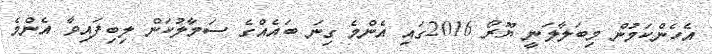
އެހެންކަމުން މިބަލާލަނީ ޔޫރޯ 2016ގައި އެންމެ ގިނަ ބައެއްގެ ސަމާލުކަން ލިބިފައިވާ އެންމެ